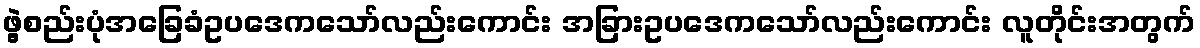
ဖွဲ့စည်းပုံအခြေခံဥပဒေကသော်လည်းကောင်း အခြားဥပဒေကသော်လည်းကောင်း လူတိုင်းအတွက်